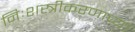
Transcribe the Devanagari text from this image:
निःशस्त्रीकरणाच्या